Civil Veterinary Dept. Bombay admin report 1932-41 - 1932-1941
Year: 1932
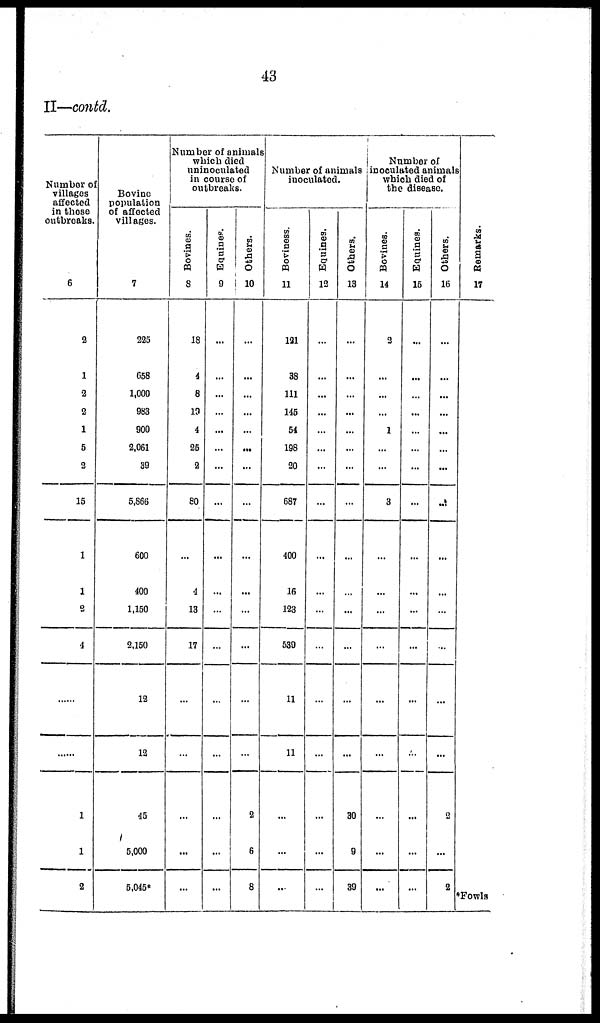
43
II—contd.
Number of
villages
affected
in these
outbreaks.
6
2
1
2
2
1
5
2
15
1
1
2
4
.......
......
1
1
2
Bovine
population
of affected
villages.
7
225
658
1,000
983
900
2,061
39
5,866
600
400
1,150
2,150
12
12
45
5,000
5,045*
Number of animals
which died
uninoculated
in course of
outbreaks.
Bovines.
8
18
4
8
19
4
25
2
80
...
4
13
17
...
...
...
...
...
Equines.
9
...
...
...
...
...
...
...
...
...
...
...
...
...
...
...
...
...
Others.
10
...
...
...
...
...
...
...
...
...
...
...
...
...
...
2
6
8
Number of animals
inoculated.
Boviness.
11
121
38
111
145
54
198
20
687
400
16
123
539
11
11
...
...
...
Equines.
12
...
...
...
...
...
...
...
...
...
...
...
...
...
...
...
...
...
Others.
13
...
...
...
...
...
...
...
...
...
...
...
...
...
...
30
9
39
Number of
inoculated animals
which died of
the disease.
Bovines.
14
2
...
...
...
1
...
...
3
...
...
...
...
...
...
...
...
...
Equines.
15
...
...
...
...
...
...
...
...
...
...
...
...
...
...
...
...
...
Others.
16
...
...
...
...
...
...
...
...
...
...
...
...
...
...
2
...
2
Re ma r
ks .
17
*Fowls